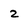
Character: 2